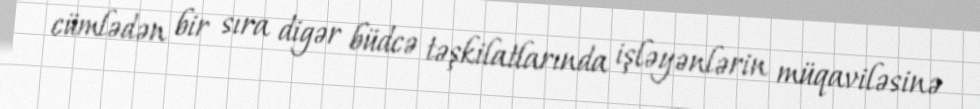
cümlədən bir sıra digər büdcə təşkilatlarında işləyənlərin müqaviləsinə